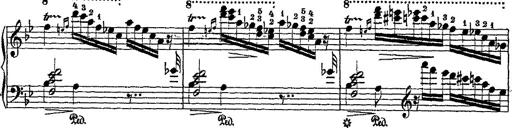
Title: Fantaisie romantique sur deux mÃ©lodies suisses
Composer: Franz Liszt